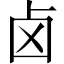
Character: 卤